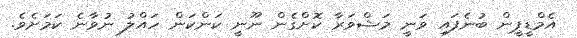
އެމްޑީޕީން ބުނެފައި ވަނީ މަޝްވަރާ ކޮށްގެން ނޫނީ ކަންކަން ހައްލު ނުވާނެ ކަމަށެވެ.